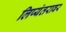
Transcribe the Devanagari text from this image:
लिप्यंतरावर